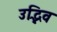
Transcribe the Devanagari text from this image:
उद्भिव